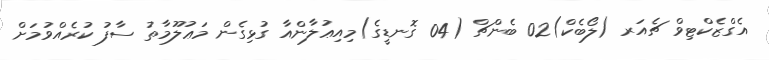
އެގްޒެކްޓިވް ޗެއަރ (ލޯބެކް)02 ބެންޗް (04 ގޮނޑީގެ)މިއިޢުލާންއާ ގުޅިގެން މަޢުލޫމާތު ސާފު ކުރެއްވުމަށް